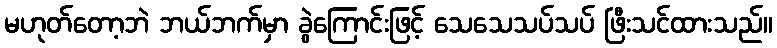
မဟုတ်တော့ဘဲ ဘယ်ဘက်မှာ ခွဲကြောင်းဖြင့် သေသေသပ်သပ် ဖြီးသင်ထားသည်။